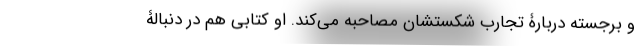
و برجَسته‌ دربارۀ تجارب شکستشان مصاحبه می‌کند. او کتابی هم در دنبالۀ